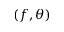
( f , \theta )